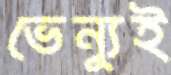
ভেন্যুই